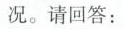
况。请回答：